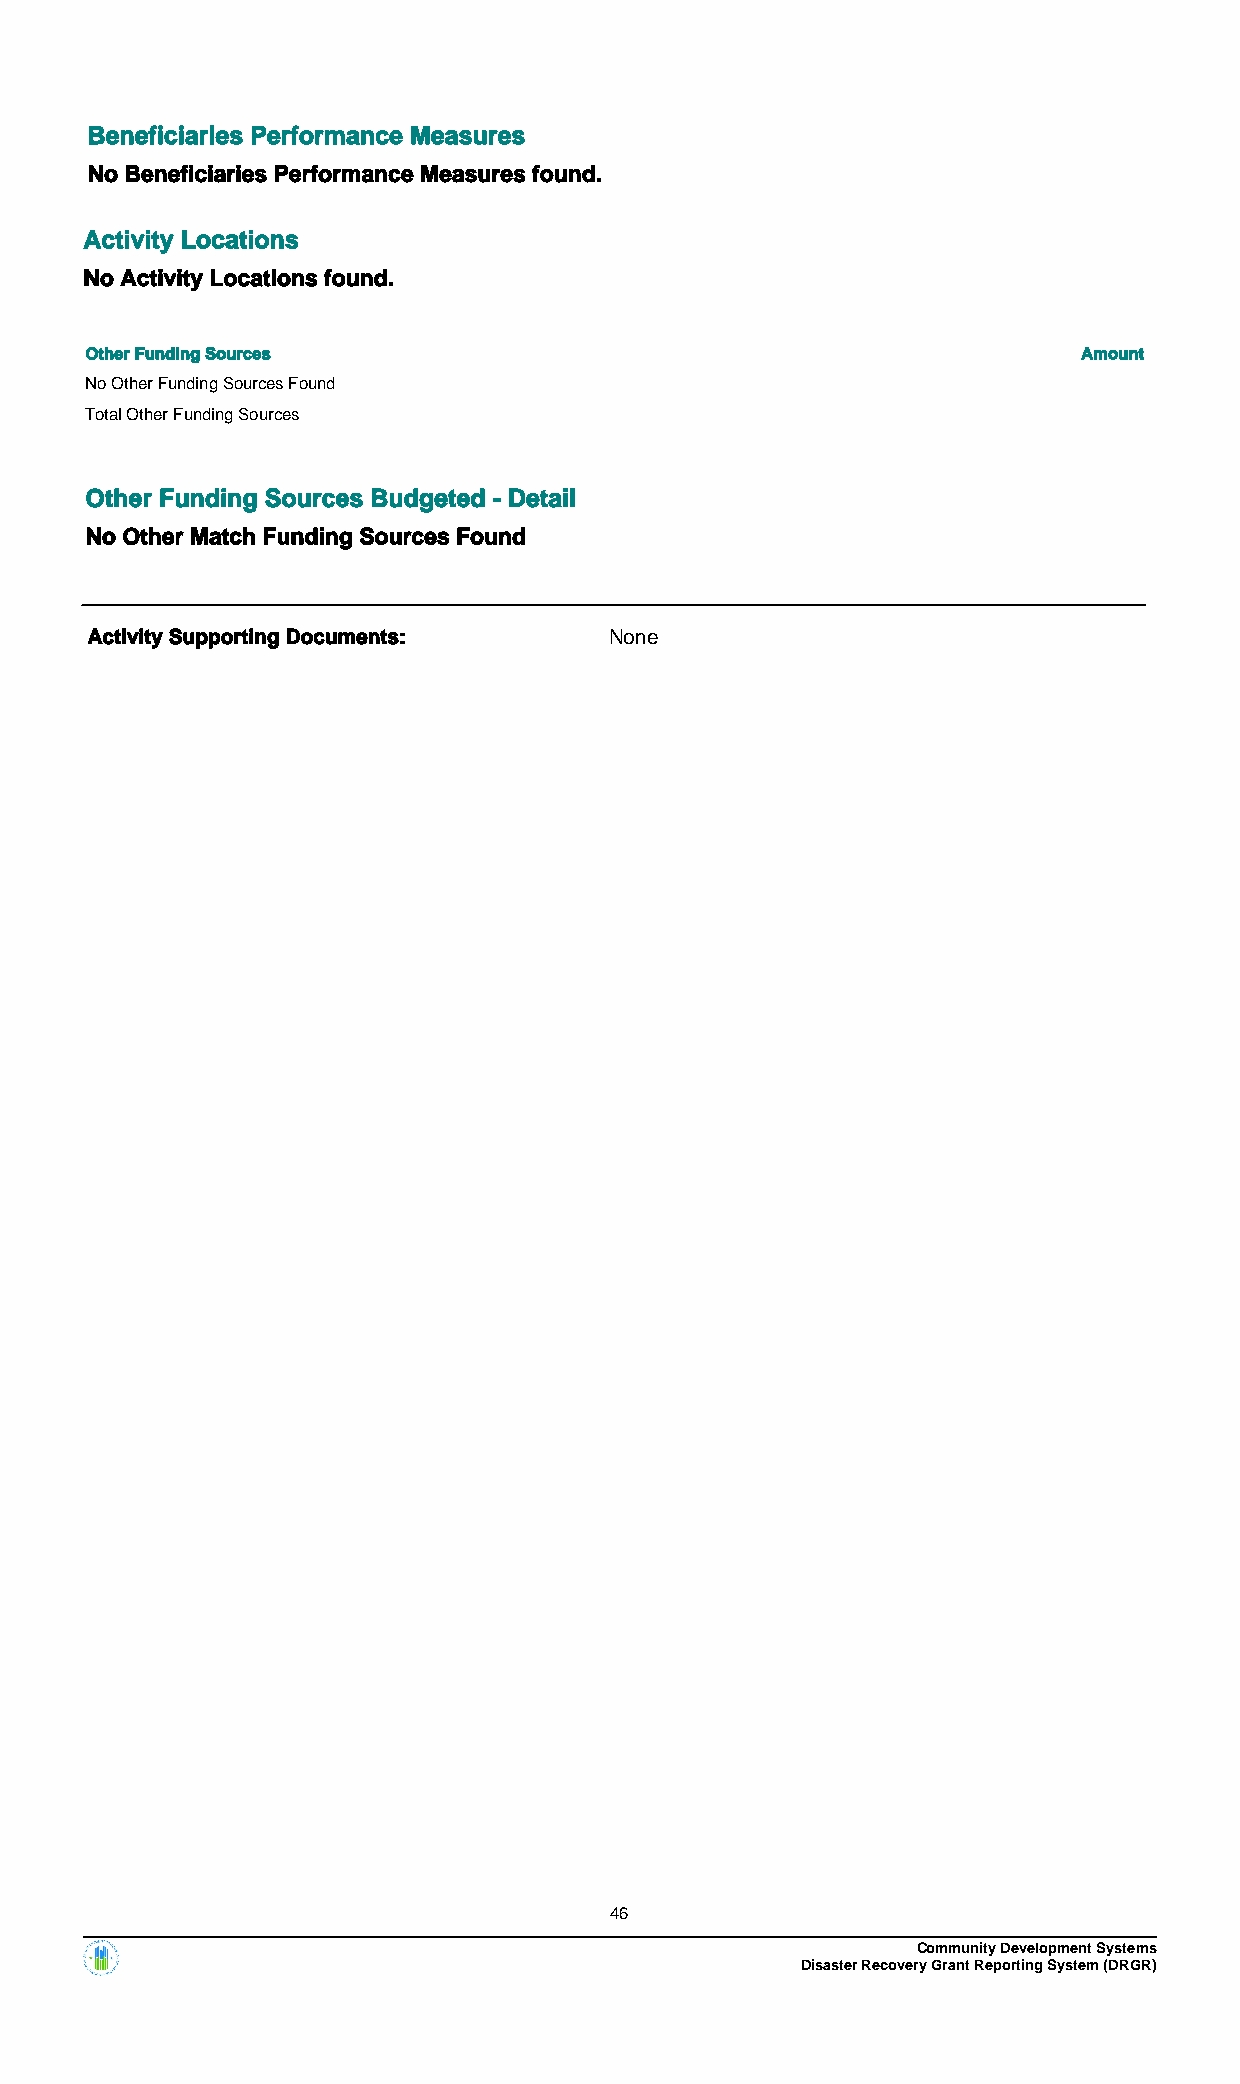
Beneficiaries Performance Measures
 No Beneficiaries Performance Measures found.
 Activity Locations
 No Activity Locations found.
 Other Funding Sources                                             Amount
 No Other Funding Sources Found
 Total Other Funding Sources
 Other Funding Sources Budgeted - Detail
 No Other Match Funding Sources Found
 Activity Supporting Documents:    None
 46
 Community Development Systems
 Disaster Recovery Grant Reporting System (DRGR)